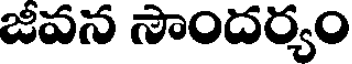
జీవన సౌందర్యం